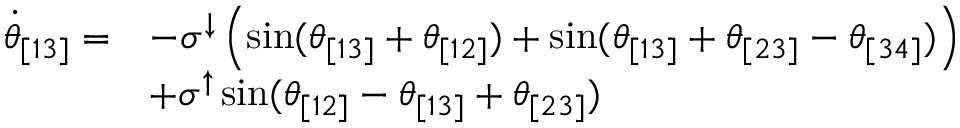
\begin{array} { r l } { \Dot { \theta } _ { [ 1 3 ] } = } & { - \sigma ^ { \downarrow } \left( \sin ( \theta _ { [ 1 3 ] } + \theta _ { [ 1 2 ] } ) + \sin ( \theta _ { [ 1 3 ] } + \theta _ { [ 2 3 ] } - \theta _ { [ 3 4 ] } ) \right) } \\ & { + \sigma ^ { \uparrow } \sin ( \theta _ { [ 1 2 ] } - \theta _ { [ 1 3 ] } + \theta _ { [ 2 3 ] } ) } \end{array}